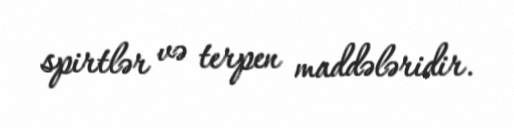
spirtlər və terpen maddələridir.